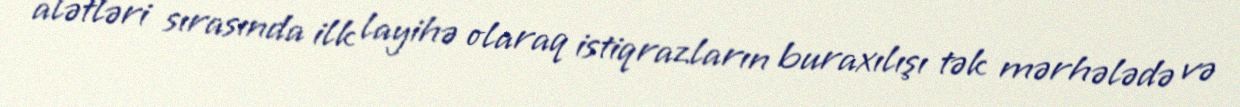
alətləri sırasında ilk layihə olaraq istiqrazların buraxılışı tək mərhələdə və